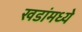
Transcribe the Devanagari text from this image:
खडांमध्ये